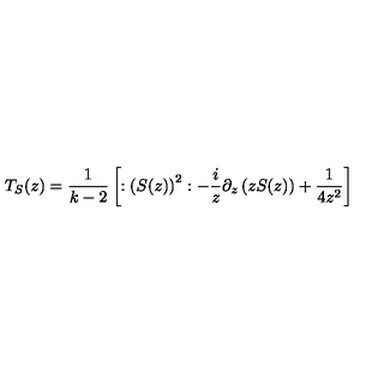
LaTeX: T _ { S } ( z ) = \frac 1 { k - 2 } \left[ : \left( S ( z ) \right) ^ { 2 } : - \frac i z \partial _ { z } \left( z S ( z ) \right) + \frac 1 { 4 z ^ { 2 } } \right]